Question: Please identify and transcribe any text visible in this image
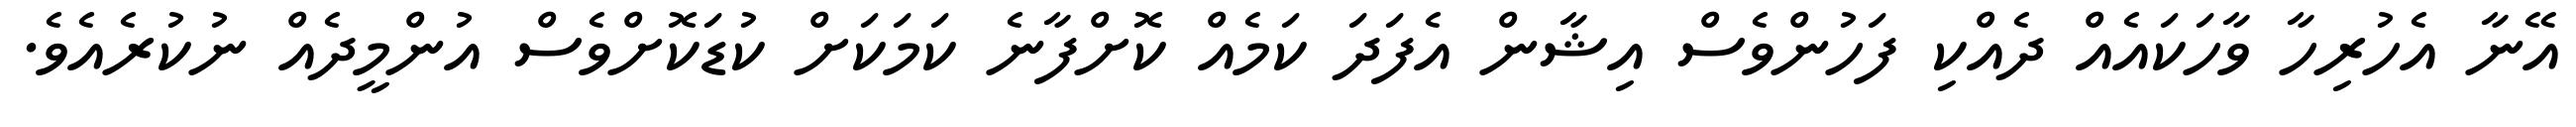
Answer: އޭނާ އެހުރިހާ ވާހަކައެއް ދެއްކި ފަހުންވެސް އިޝާން އެފަދަ ކަމެއް ކޮށްފާނެ ކަމަކަށް ކުޑަކޮށްވެސް އުންމީދެއް ނުކުރެއެވެ.